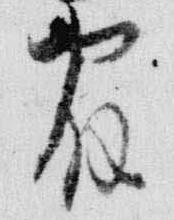
宿